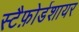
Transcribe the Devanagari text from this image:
स्टैफ़ोर्डशायर